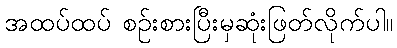
အထပ်ထပ် စဉ်းစားပြီးမှဆုံးဖြတ်လိုက်ပါ။